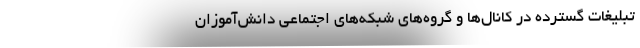
تبلیغات گسترده در کانال‌ها و گروه‌های شبکه‌های اجتماعی دانش‌آموزان